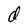
Character: d